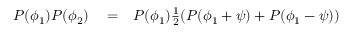
\begin{array} { r l r } { P ( \phi _ { 1 } ) P ( \phi _ { 2 } ) } & { { } = } & { P ( \phi _ { 1 } ) \frac { 1 } { 2 } ( P ( \phi _ { 1 } + \psi ) + P ( \phi _ { 1 } - \psi ) ) } \end{array}